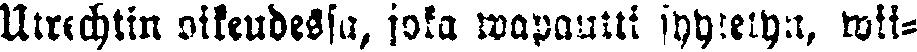
Utrechtin oikeudess, joka wapautti syytetyt, wii-